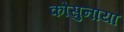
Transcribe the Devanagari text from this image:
कोसुनाया